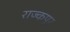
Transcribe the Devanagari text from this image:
राज्कपूर